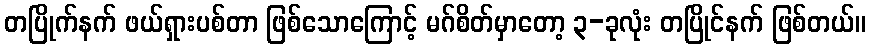
တပြိုက်နက် ဖယ်ရှားပစ်တာ ဖြစ်သောကြောင့် မဂ်စိတ်မှာတော့ ၃-ခုလုံး တပြိုင်နက် ဖြစ်တယ်။